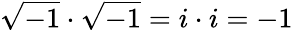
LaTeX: {\sqrt{-1}}\cdot{\sqrt{-1}}=i\cdot i=-1